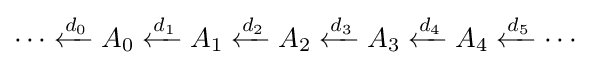
\cdots \xleftarrow {d_{0}} A_{0}\xleftarrow {d_{1}} A_{1}\xleftarrow {d_{2}} A_{2}\xleftarrow {d_{3}} A_{3}\xleftarrow {d_{4}} A_{4}\xleftarrow {d_{5}} \cdots